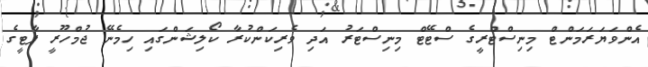
އެންވަޔަރަމަންޓް މިނިސްޓްރީގެ ސްޓޭޓް މިނިސްޓަރު އަދި ވެރިކަންކުރާ ކޯލިޝަންގައި ހިމެނޭ ޖުމްހޫރީ ޕާޓީގެ